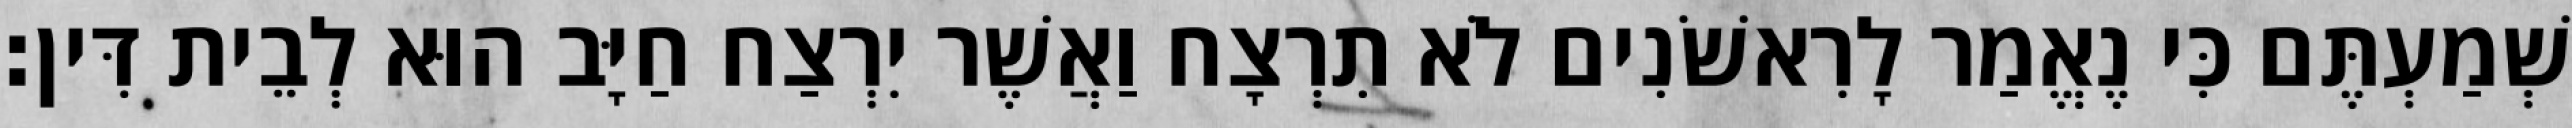
שְׁמַעְתֶּם כִּי נֶאֱמַר לָרִאשֹׁנִים לֹא תִרְצָח וַאֲשֶׁר יִרְצַח חַיָּב הוּא לְבֵית דִּין׃